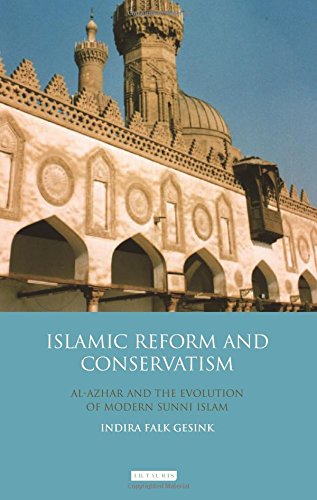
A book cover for Islamic Reform and Conservatism: Al-Azhar and the Evolution of Modern Sunni Islam; Indira Falk Gesink; Religion & Spirituality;